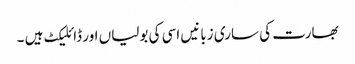
بھارت کی ساری زبانیں اسی کی بولیاں اور ڈائلیکٹ ہیں ۔